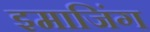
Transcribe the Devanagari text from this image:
इमाजिंग